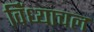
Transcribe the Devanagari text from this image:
विँध्याचल